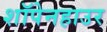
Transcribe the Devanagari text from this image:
शॉपेनहाउर